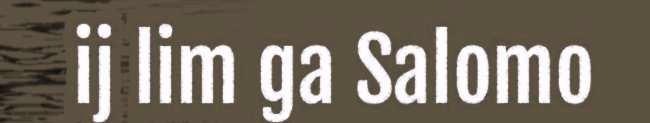
ij lim ga Salomo